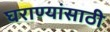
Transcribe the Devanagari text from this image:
घराण्यांसाठी